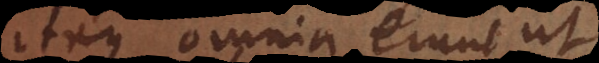
Itaque omnia erunt ut